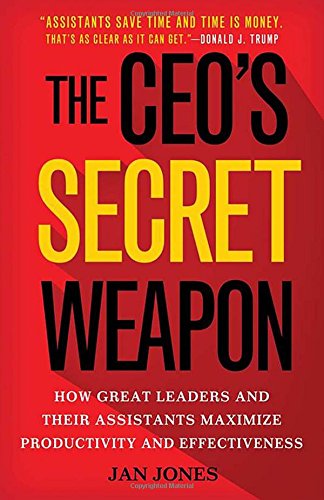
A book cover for The CEO's Secret Weapon: How Great Leaders and Their Assistants Maximize Productivity and Effectiveness; Jan Jones; Business & Money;